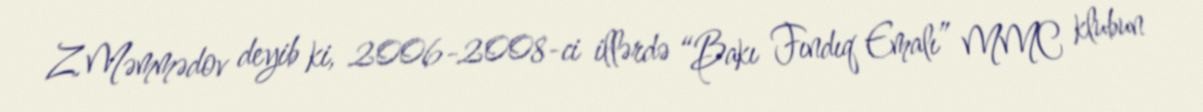
Z.Məmmədov deyib ki, 2006-2008-ci illərdə “Bakı Fındıq Emalı” MMC klubun